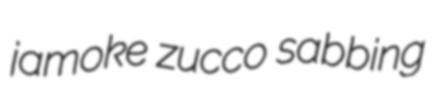
jamoke zucco sabbing